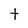
Character: t